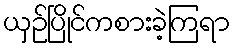
ယှဉ်ပြိုင်ကစားခဲ့ကြရာ